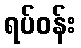
ရပ်ဝန်း